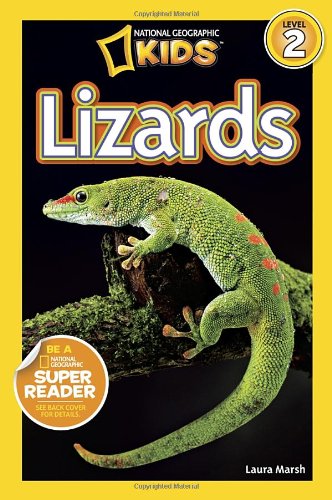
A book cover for National Geographic Readers: Lizards; Laura Marsh; Children's Books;